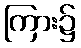
ကြား၌